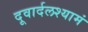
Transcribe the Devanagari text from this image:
दूवार्दलश्यामं